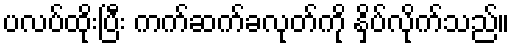
ပလပ်ထိုးပြီး ကက်ဆက်ခလုတ်ကို နှိပ်လိုက်သည်။